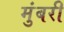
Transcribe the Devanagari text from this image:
मुंबरी